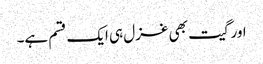
اور گیت بھی غزل ہی ایک قسم ہے۔